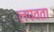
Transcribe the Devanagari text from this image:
लपवता